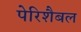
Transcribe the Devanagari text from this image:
पेरिशैबल